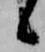
候